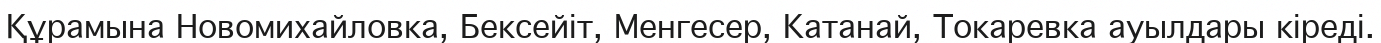
Құрамына Новомихайловка, Бексейіт, Менгесер, Катанай, Токаревка ауылдары кіреді.